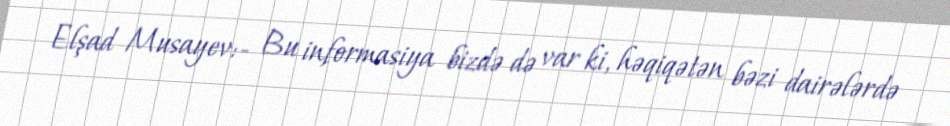
Elşad Musayev:- Bu informasiya bizdə də var ki, həqiqətən bəzi dairələrdə